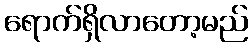
ရောက်ရှိလာတော့မည်